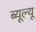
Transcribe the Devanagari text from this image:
ब्यूल्यू